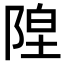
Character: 𬯇